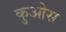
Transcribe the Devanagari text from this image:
कुओस